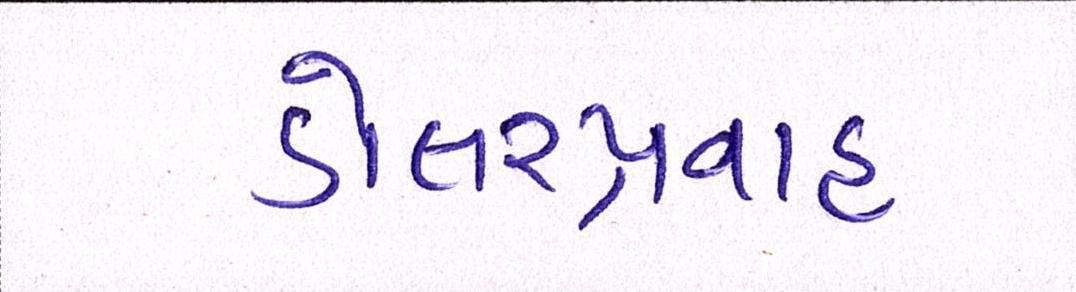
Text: ડોલરપ્રવાહ